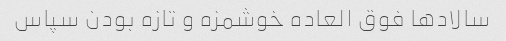
سالاد‌ها فوق العاده خوشمزه و تازه بودن سپاس